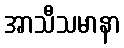
အာသီသမာနာ